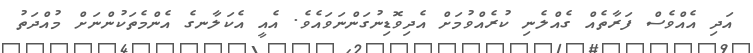
އަދި އެއްވެސް ފަރާތެއް ގެއްލެނި ކުރެއްވުމަށް އެދިވޮޑިނުގަންނަވައެވެ. އެއީ އެކަލާނގެ އެންމެތަކުންނަށް މުއްދަތު